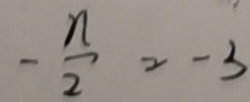
- \frac { n } { 2 } = - 3